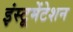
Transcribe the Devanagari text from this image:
इंस्‍टूमेंटेशन